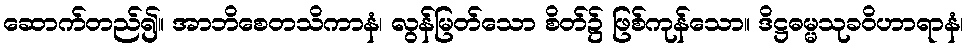
ဆောက်တည်၍။ အာဘိစေတသိကာနံ၊ လွန်မြတ်သော စိတ်၌ ဖြစ်ကုန်သော။ ဒိဋ္ဌဓမ္မသုခဝိဟာရာနံ၊